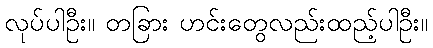
လုပ်ပါဦး။ တခြား ဟင်းတွေလည်းထည့်ပါဦး။